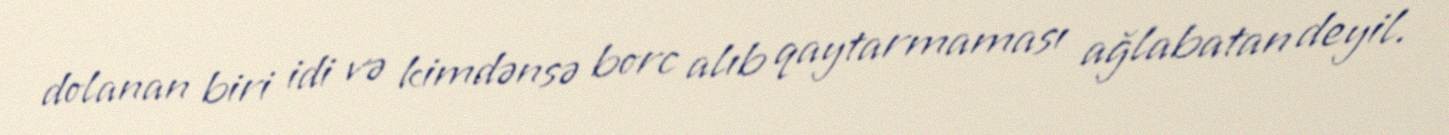
dolanan biri idi və kimdənsə borc alıb qaytarmaması ağlabatan deyil.